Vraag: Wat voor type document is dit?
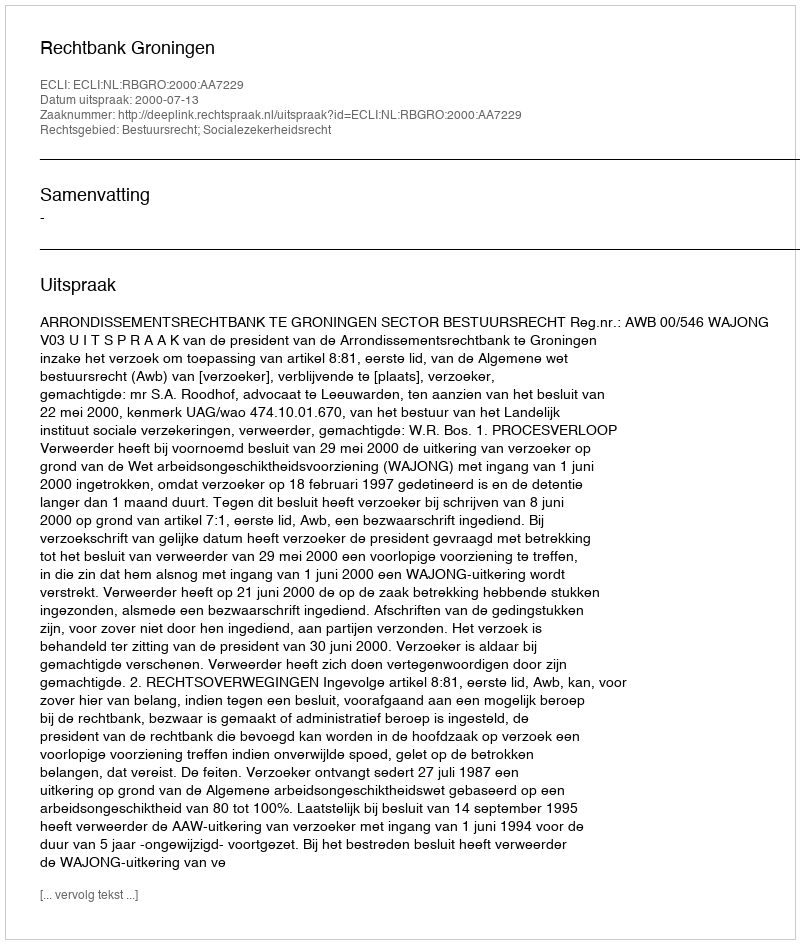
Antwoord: Uitspraak